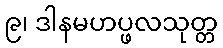
၉၊ ဒါနမဟပ္ဖလသုတ္တ